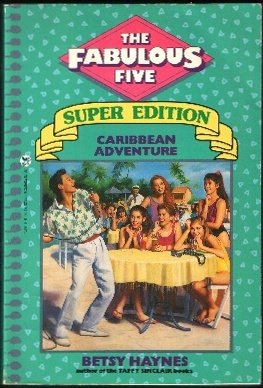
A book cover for Caribbean Adventure (Fabulous Five Super Edition); Betsy Haynes; Travel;